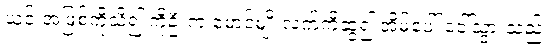
ယင်းအဖြစ်ကိုသိ၍ ကိုဦးက မောင်မျိုးလက်ကိုဆွဲ၍ အိမ်ပေါ် ခေါ်သွားသည်။